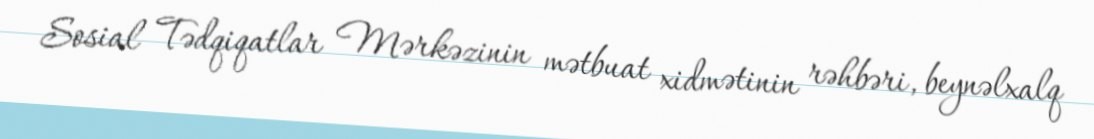
Sosial Tədqiqatlar Mərkəzinin mətbuat xidmətinin rəhbəri, beynəlxalq